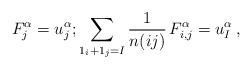
LaTeX: \begin{align*}& F_j^\alpha = u_j^\alpha ; \sum_{1_i+1_j=I} \frac{1}{n(ij)} \, F_{i,j}^\alpha = u_I^\alpha \, , \end{align*}